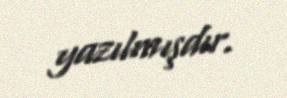
yazılmışdır.